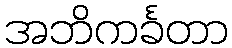
အဘိကင်္ခတာ